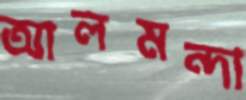
আলমন্দা